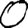
Digit: 0